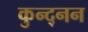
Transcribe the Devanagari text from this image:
कुन्द्नन